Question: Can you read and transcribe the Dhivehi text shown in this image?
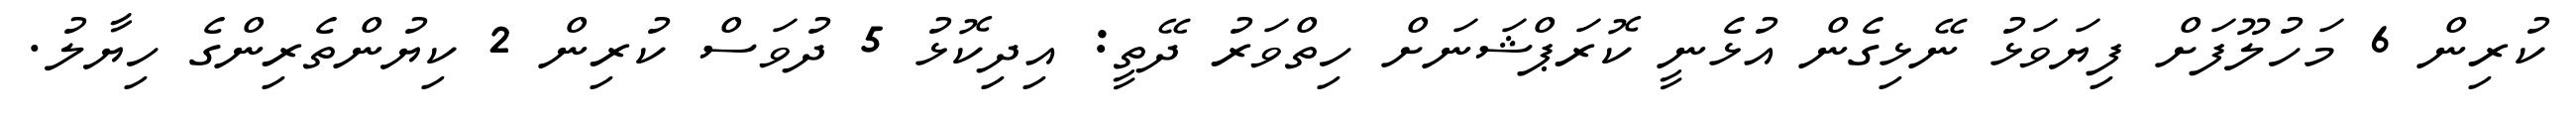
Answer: ކުރިން 6 މަހުލޫފަށް ފިޔަވަޅު ނޭޅިގެން އުޅެނީ ކޮރަޕްޝަނަށް ހިތްވަރު ދޭތީ: އިދިކޮޅު 5 ދުވަސް ކުރިން 2 ކިޔުންތެރިންގެ ހިޔާލު.